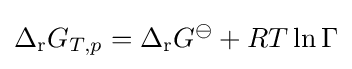
\Delta _{\mathrm {r} }G_{T,p}=\Delta _{\mathrm {r} }G^{\ominus }+RT\ln \Gamma